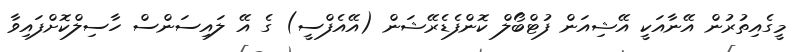
މީގެއިތުރުން އޭނާއަކީ އޭޝިއަން ފުޓްބޯލް ކޮންފެޑެރޭޝަން (އޭއެފްސީ) ގެ އޭ ލައިސަންސް ހާސިލްކޮށްފައިވާ